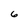
Character: 6